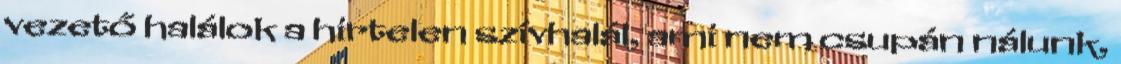
vezető halálok a hirtelen szívhalál, ami nem csupán nálunk,